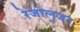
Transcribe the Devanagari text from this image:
रेजोलुजन